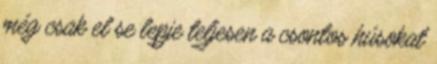
még csak el se lepje teljesen a csontos húsokat